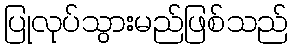
ပြုလုပ်သွားမည်ဖြစ်သည်